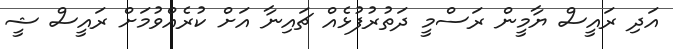
އަދި ރައީސް ޔާމީން ރަސްމީ ދަތުރުފުޅެއް ޗައިނާ އަށް ކުރެއްވުމަށް ރައީސް ޝީ